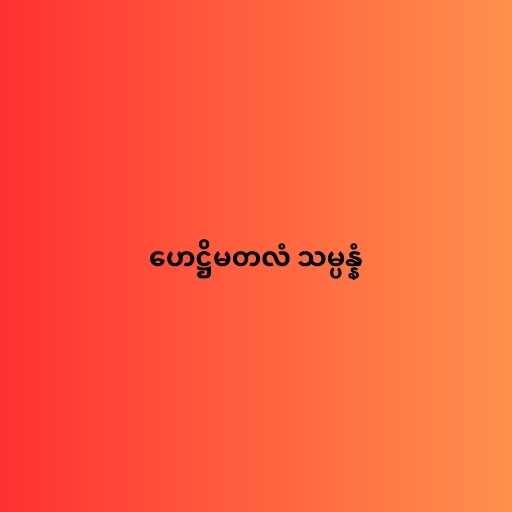
ဟေဋ္ဌိမတလံ သမ္ပန္နံ